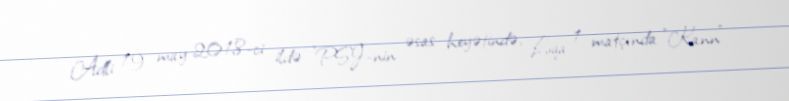
Adli 19 may 2018-ci ildə "PSJ"-nin əsas heyətində, Liqa 1 matçında "Kann"